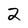
Character: 2